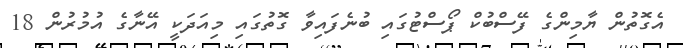
އެގޮތުން ޔާމިންގެ ފޭސްބުކް ޕޯސްޓުގައި ބުނެފައިވާ ގޮތުގައި މިއަދަކީ އޭނާގެ އުމުރުން 18